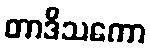
တာဒိသကော